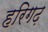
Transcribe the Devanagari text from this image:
हरिगढ़